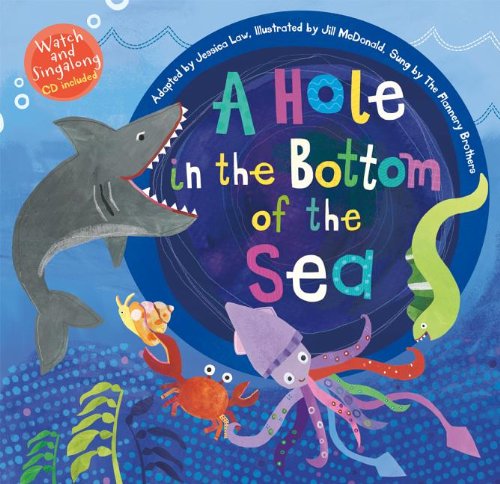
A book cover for A Hole in the Bottom of the Sea [With Audio CD]; Jessica Law; Children's Books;